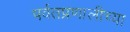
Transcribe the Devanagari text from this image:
पर्वतप्रणालीच्या